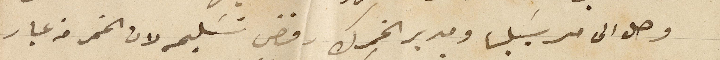
وصل الى مرسيليا ومدير الخمرك رفض تسليمه لان الخمر من عيار